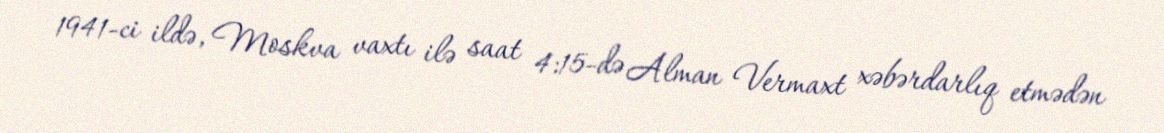
1941-ci ildə, Moskva vaxtı ilə saat 4:15-də Alman Vermaxt xəbərdarlıq etmədən